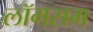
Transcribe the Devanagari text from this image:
लॉगसम